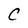
Character: C